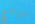
البائع